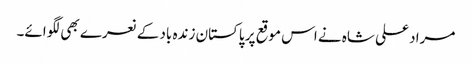
مراد علی شاہ نے اس موقع پر پاکستان زندہ باد کے نعرے بھی لگوائے۔